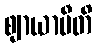
ဈာယာမီတိ